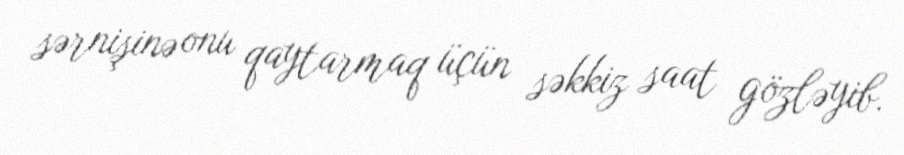
sərnişinə onu qaytarmaq üçün səkkiz saat gözləyib.